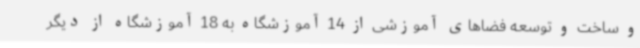
و ساخت و توسعه فضاهای آموزشی از 14 آموزشگاه به 18 آموزشگاه از دیگر